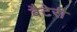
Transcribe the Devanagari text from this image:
बैटेरी